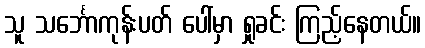
သူ သင်္ဘောကုန်းပတ် ပေါ်မှာ ရှုခင်း ကြည့်နေတယ်။